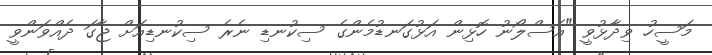
މަސީހު ވިދާޅުވީ "އެސްލޯނު ހޮޅިން އަޅުގަނޑުމެންގެ ސިކުނޑި ނެރެ ސިކުނޑިއަށް ޖާގަ ދެއްވަންވީ